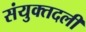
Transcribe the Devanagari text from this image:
संयुक्तदली